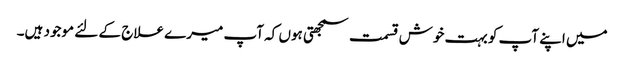
میں اپنے آپ کو بہت خوش قسمت سمجھتی ہوں کہ آپ میرے علاج کے لئے موجود ہیں۔